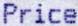
PRICE